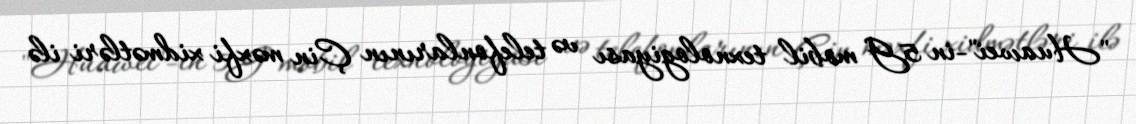
"Huawei"-in 5G mobil texnologiyası və telefonlarının Çin məxfi xidmətləri ilə